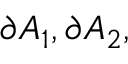
\partial A _ { 1 } , \partial A _ { 2 } ,